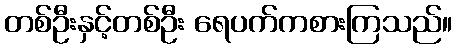
တစ်ဦးနှင့်တစ်ဦး ရေပက်ကစားကြသည်။